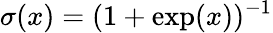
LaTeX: \sigma(x)=(1+\exp(x))^{-1}